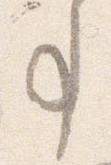
事